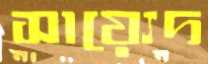
সায়্যেদ